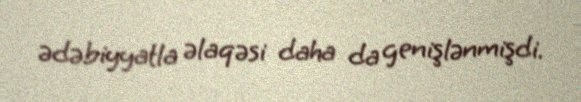
ədəbiyyatla əlaqəsi daha da genişlənmişdi.